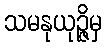
သမနုယုဉ္ဇိမှ